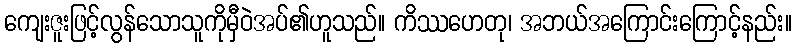
ကျေးဇူးဖြင့်လွန်သောသူကိုမှီဝဲအပ်၏ဟူသည်။ ကိဿဟေတု၊ အဘယ်အကြောင်းကြောင့်နည်း။